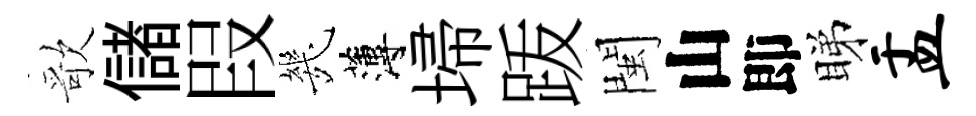
歌儲叚㡬薄埽䟦閩山即睇盂